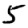
Digit: 5